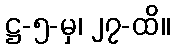
ဋ္ဌ-၅-မှ၊ ၂၇-ထိ။